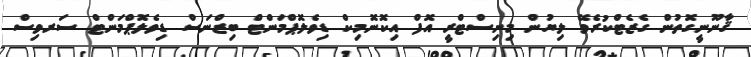
ޤާނޫނީގޮތުން ގެޒެޓްކުރެވޭ ލިޔުން މިނިސްޓްރީ އޮފް އިކޮނޮމިކް ޑިވެލޮޕްމަންޓް ބިޒްނަސް ޑިވެލޮޕްމަންޓް ސަރވިސް